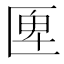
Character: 𠥉